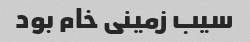
سیب زمینی خام بود